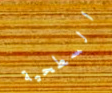
السطحية